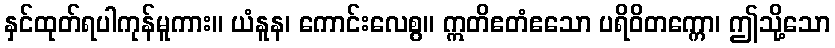
နှင်ထုတ်ရပါကုန်မူကား။ ယံနူန၊ ကောင်းလေစွ။ ဣတိဧတံဧသော ပရိဝိတက္ကော၊ ဤသို့သော